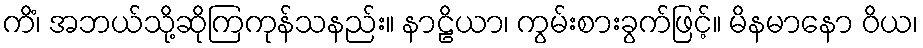
ကိံ၊ အဘယ်သို့ဆိုကြကုန်သနည်း။ နာဠိယာ၊ ကွမ်းစားခွက်ဖြင့်။ မိနမာနော ဝိယ၊